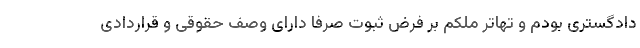
دادگستری بودم و تهاتر ملکم بر فرض ثبوت صرفا دارای وصف حقوقی و قراردادی